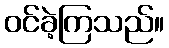
ဝင်ခဲ့ကြသည်။